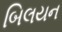
બિલયન